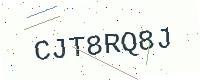
Text: CJT8RQ8J